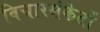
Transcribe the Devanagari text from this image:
विचारसंकेतों